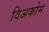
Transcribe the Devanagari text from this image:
विअकोम